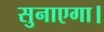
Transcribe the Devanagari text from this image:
सुनाएगा।